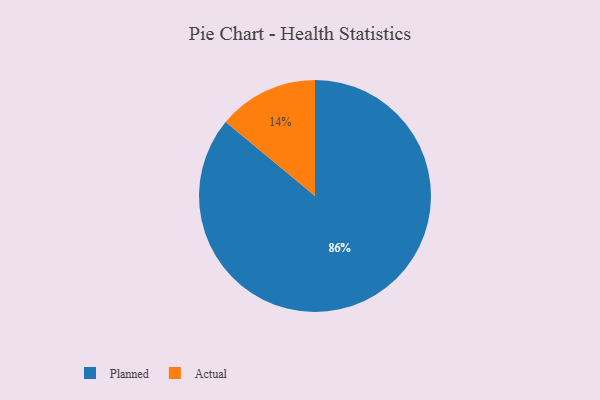
{"axis": {"x": "Category", "y": "Percentage"}, "legend": ["Actual", "Planned"], "data": [{"x": "Actual", "y": 14, "type": "Actual"}, {"x": "Planned", "y": 86, "type": "Planned"}]}